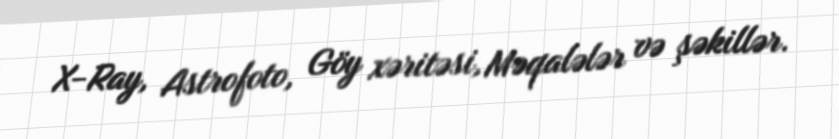
X-Ray, Astrofoto, Göy xəritəsi, Məqalələr və şəkillər.